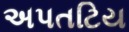
અપતટિય